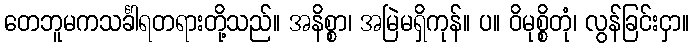
တေဘူမကသင်္ခါရတရားတို့သည်။ အနိစ္စာ၊ အမြဲမရှိကုန်။ ပ။ ဝိမုစ္စိတုံ၊ လွန်ခြင်းငှာ။